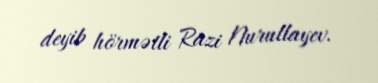
deyib hörmətli Razi Nurullayev.